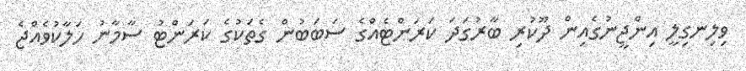
ވިލިނގިލީ އިންޖީނުގެއިން ދޫކުރި ބާރުގަދަ ކަރަންޓެއްގެ ސަބަބުން ގެތަކުގެ ކަރަންޓު ސާމާނު ހަލާކުވެއްޖެ